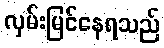
လှမ်းမြင်နေရသည်